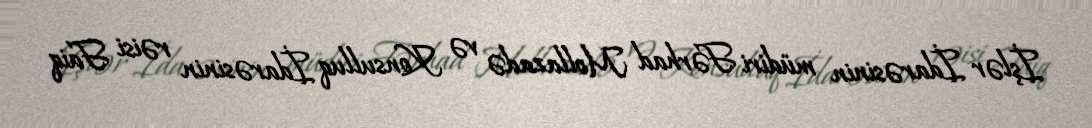
İşlər İdarəsinin müdiri Fərhad Mollazadə və Konsulluq İdarəsinin rəisi Faiq